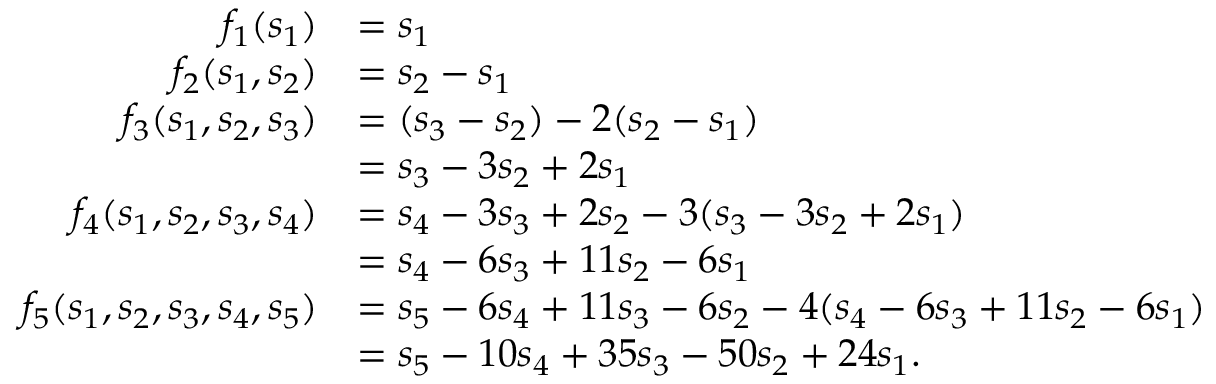
\begin{array} { r l } { f _ { 1 } ( s _ { 1 } ) } & { = s _ { 1 } } \\ { f _ { 2 } ( s _ { 1 } , s _ { 2 } ) } & { = s _ { 2 } - s _ { 1 } } \\ { f _ { 3 } ( s _ { 1 } , s _ { 2 } , s _ { 3 } ) } & { = ( s _ { 3 } - s _ { 2 } ) - 2 ( s _ { 2 } - s _ { 1 } ) } \\ & { = s _ { 3 } - 3 s _ { 2 } + 2 s _ { 1 } } \\ { f _ { 4 } ( s _ { 1 } , s _ { 2 } , s _ { 3 } , s _ { 4 } ) } & { = s _ { 4 } - 3 s _ { 3 } + 2 s _ { 2 } - 3 ( s _ { 3 } - 3 s _ { 2 } + 2 s _ { 1 } ) } \\ & { = s _ { 4 } - 6 s _ { 3 } + 1 1 s _ { 2 } - 6 s _ { 1 } } \\ { f _ { 5 } ( s _ { 1 } , s _ { 2 } , s _ { 3 } , s _ { 4 } , s _ { 5 } ) } & { = s _ { 5 } - 6 s _ { 4 } + 1 1 s _ { 3 } - 6 s _ { 2 } - 4 ( s _ { 4 } - 6 s _ { 3 } + 1 1 s _ { 2 } - 6 s _ { 1 } ) } \\ & { = s _ { 5 } - 1 0 s _ { 4 } + 3 5 s _ { 3 } - 5 0 s _ { 2 } + 2 4 s _ { 1 } . } \end{array}